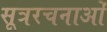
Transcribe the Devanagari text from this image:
सूत्ररचनाओं